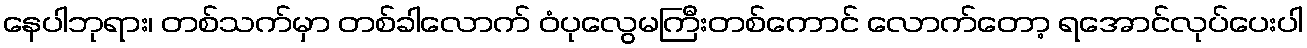
နေပါဘုရား၊ တစ်သက်မှာ တစ်ခါလောက် ဝံပုလွေမကြီးတစ်ကောင် လောက်တော့ ရအောင်လုပ်ပေးပါ